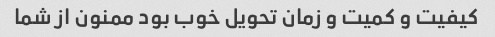
کیفیت و کمیت و زمان تحویل خوب بود ممنون از شما